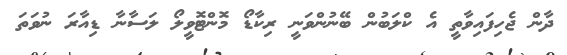
ދާން ޖެހިފައިވާތީ އެ ކްލަބުން ބޭނުންވަނީ ރިކާޑޯ މޮންޓޮވީލޯ ލަސާނާ ޑިއާރަ ނުވަތަ